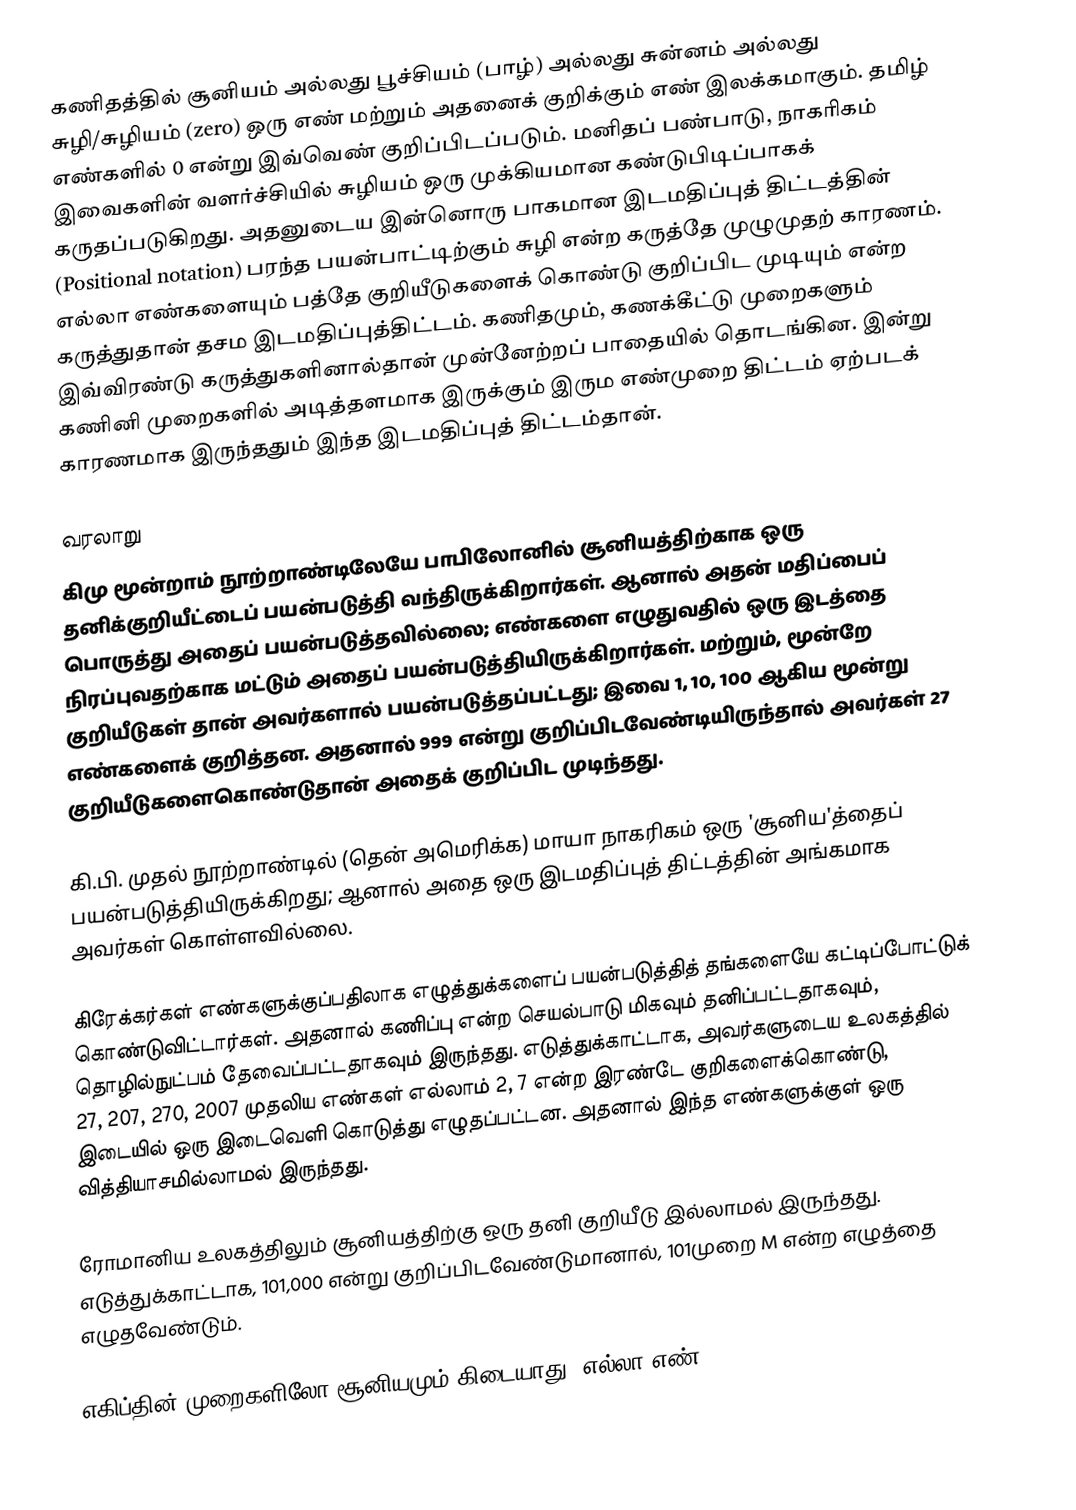
கணிதத்தில் சூனியம் அல்லது பூச்சியம் (பாழ்) அல்லது சுன்னம் அல்லது சுழி/சுழியம் (zero) ஒரு எண் மற்றும் அதனைக் குறிக்கும் எண் இலக்கமாகும். தமிழ் எண்களில் 0 என்று இவ்வெண் குறிப்பிடப்படும். மனிதப் பண்பாடு, நாகரிகம் இவைகளின் வளர்ச்சியில் சுழியம் ஒரு முக்கியமான கண்டுபிடிப்பாகக் கருதப்படுகிறது. அதனுடைய இன்னொரு பாகமான இடமதிப்புத் திட்டத்தின் (Positional notation) பரந்த பயன்பாட்டிற்கும் சுழி என்ற கருத்தே முழுமுதற் காரணம். எல்லா எண்களையும் பத்தே குறியீடுகளைக் கொண்டு குறிப்பிட முடியும் என்ற கருத்துதான் தசம இடமதிப்புத்திட்டம். கணிதமும், கணக்கீட்டு முறைகளும் இவ்விரண்டு கருத்துகளினால்தான் முன்னேற்றப் பாதையில் தொடங்கின. இன்று கணினி முறைகளில் அடித்தளமாக இருக்கும் இரும எண்முறை திட்டம் ஏற்படக் காரணமாக இருந்ததும் இந்த இடமதிப்புத் திட்டம்தான்.

வரலாறு
கிமு மூன்றாம் நூற்றாண்டிலேயே பாபிலோனில் சூனியத்திற்காக ஒரு தனிக்குறியீட்டைப் பயன்படுத்தி வந்திருக்கிறார்கள். ஆனால் அதன் மதிப்பைப் பொருத்து அதைப் பயன்படுத்தவில்லை; எண்களை எழுதுவதில் ஒரு இடத்தை நிரப்புவதற்காக மட்டும் அதைப் பயன்படுத்தியிருக்கிறார்கள். மற்றும், மூன்றே குறியீடுகள் தான் அவர்களால் பயன்படுத்தப்பட்டது; இவை 1, 10, 100 ஆகிய மூன்று எண்களைக் குறித்தன. அதனால் 999 என்று குறிப்பிடவேண்டியிருந்தால் அவர்கள் 27 குறியீடுகளைகொண்டுதான் அதைக் குறிப்பிட முடிந்தது.

கி.பி. முதல் நூற்றாண்டில் (தென் அமெரிக்க) மாயா நாகரிகம் ஒரு 'சூனிய'த்தைப் பயன்படுத்தியிருக்கிறது; ஆனால் அதை ஒரு இடமதிப்புத் திட்டத்தின் அங்கமாக அவர்கள் கொள்ளவில்லை.

கிரேக்கர்கள் எண்களுக்குப்பதிலாக எழுத்துக்களைப் பயன்படுத்தித் தங்களையே கட்டிப்போட்டுக் கொண்டுவிட்டார்கள். அதனால் கணிப்பு என்ற செயல்பாடு மிகவும் தனிப்பட்டதாகவும், தொழில்நுட்பம் தேவைப்பட்டதாகவும் இருந்தது. எடுத்துக்காட்டாக, அவர்களுடைய உலகத்தில் 27, 207, 270, 2007 முதலிய எண்கள் எல்லாம் 2, 7 என்ற இரண்டே குறிகளைக்கொண்டு, இடையில் ஒரு இடைவெளி கொடுத்து எழுதப்பட்டன. அதனால் இந்த எண்களுக்குள் ஒரு வித்தியாசமில்லாமல் இருந்தது.

ரோமானிய உலகத்திலும் சூனியத்திற்கு ஒரு தனி குறியீடு இல்லாமல் இருந்தது. எடுத்துக்காட்டாக, 101,000 என்று குறிப்பிடவேண்டுமானால், 101முறை M என்ற எழுத்தை எழுதவேண்டும்.

எகிப்தின் முறைகளிலோ சூனியமும் கிடையாது; எல்லா எண்